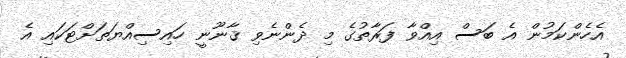
އެހެންކަމުން އެ ބަސް އިއްވާ ފަރާތުގެ މި ދެންނެވި ޤާނޫނީ ހައިސިއްޔަތަށްޓަކައި އެ